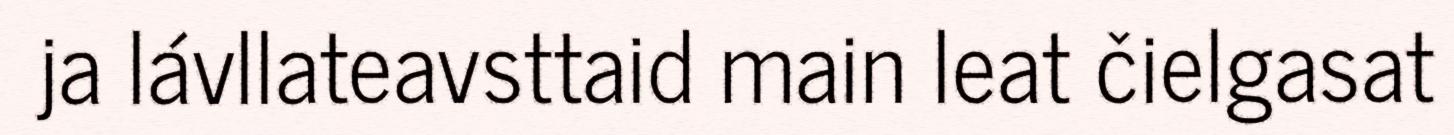
ja lávllateavsttaid main leat čielgasat